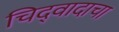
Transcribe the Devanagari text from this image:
चिद्‌वादाचा